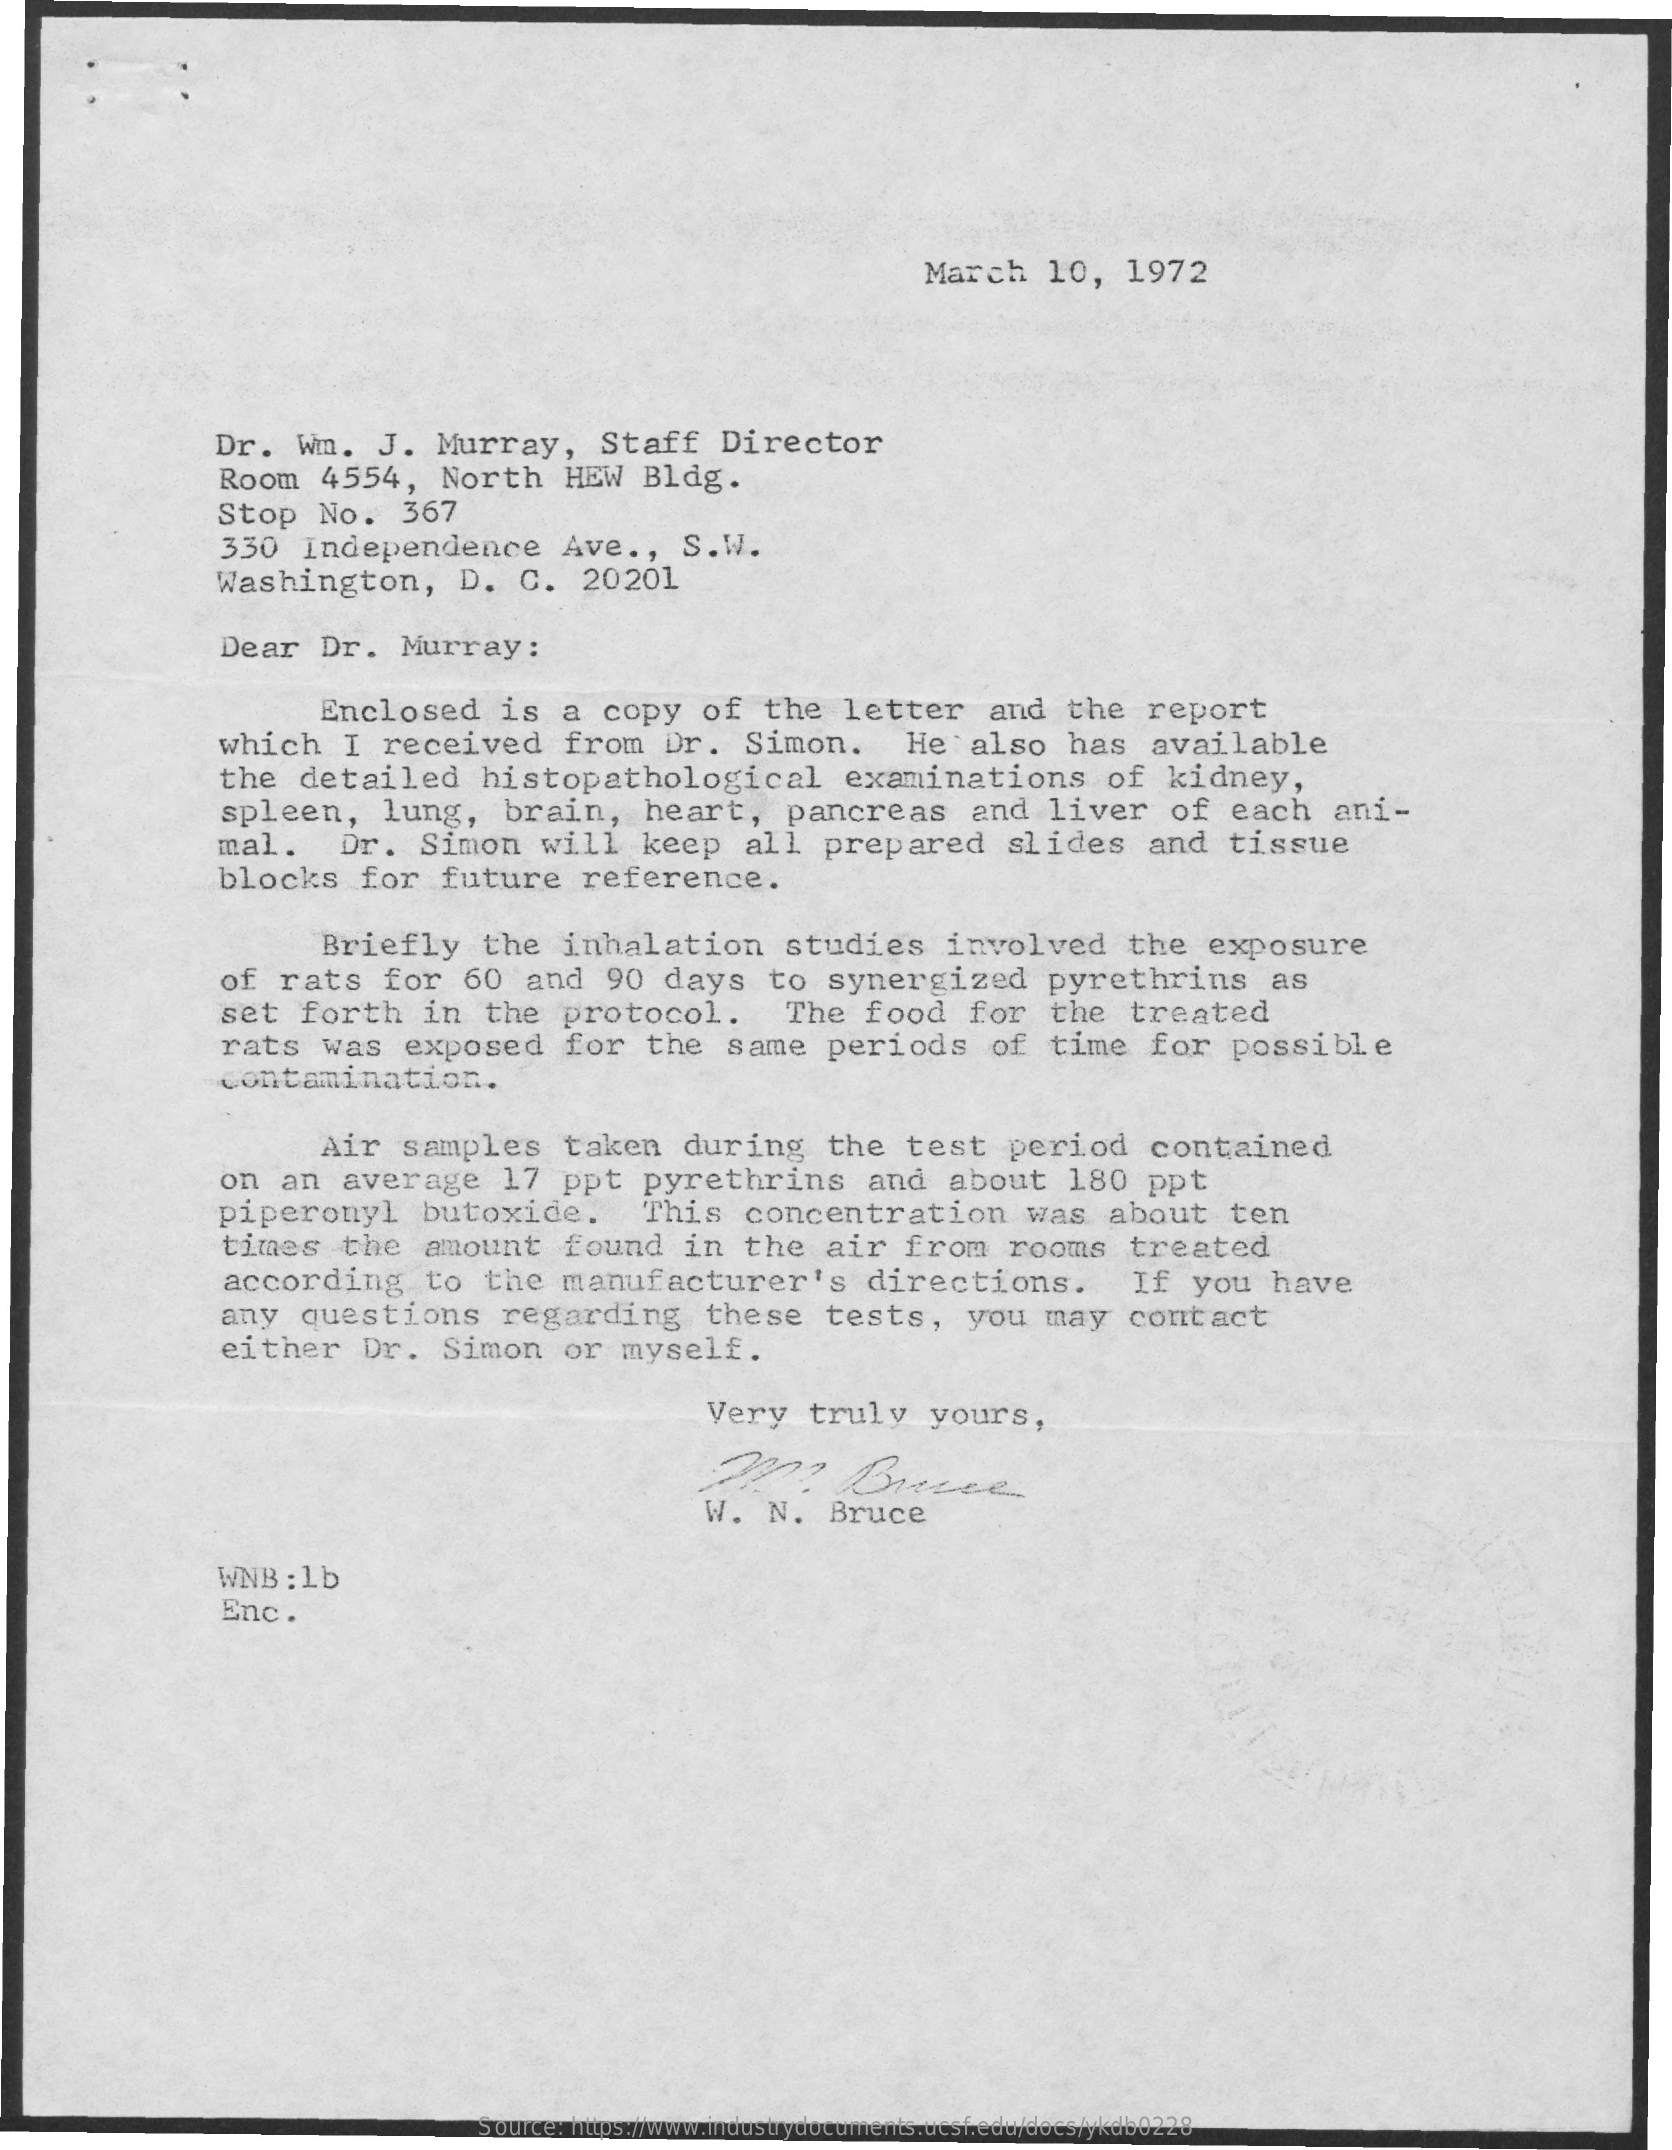
March    10,    1972
     Dr.   Wm.    J.   Murray,    Staff    Director
     Room    4554,    North    HEW   Bldg.
     Stop    No.    367
     330    Independence    Ave  .,  S.W.
     Washington,    D.   C.   20201
     Dear    Dr.    Murray:
     Enclosed    is   a   copy    of   the    letter    and   the    report
     which    I   received    from    Dr.   Simon.    He   also    has    available
     the    detailed    histopathological    examinations    of   kidney,
     spleen,    lung,    brain,    heart,    pancreas    and    liver    of   each    ani-
     mal.    Dr.    Simon    will    keep    all    prepared    slides    and    tissue
     blocks    for   future    reference.
     Briefly    the    inhalation    studies    involved    the    exposure
     of   rats    for    60   and    90   days    to  synergized    pyrethrins    as
     set    forth    in   the   protocol.    The    food    for    the   treated
     rats    was   exposed    for   the    same    periods    of   time    for    possible
     contamination.
     Air   samples    taken    during    the    test    period    contained
     on   an   average    17   ppt    pyrethrins    and   about    180    ppt
     piperonyl    butoxide.    This    concentration    was   about    ten
     times    the    amount    found    in   the   air    from    rooms    treated
     according    to   the   manufacturer's    directions.    If  you    have
     any    questions    regarding    these    tests,    you   may    contact
     either    Dr.   Simon    or  myself.
     Very    truly    yours,
     W.   N.   Bruce
     WNB  : 1b
     Enc.
     Source: https://www.industrydocuments.ucsf.edu/docs/ykdb0228